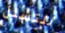
للتسلل